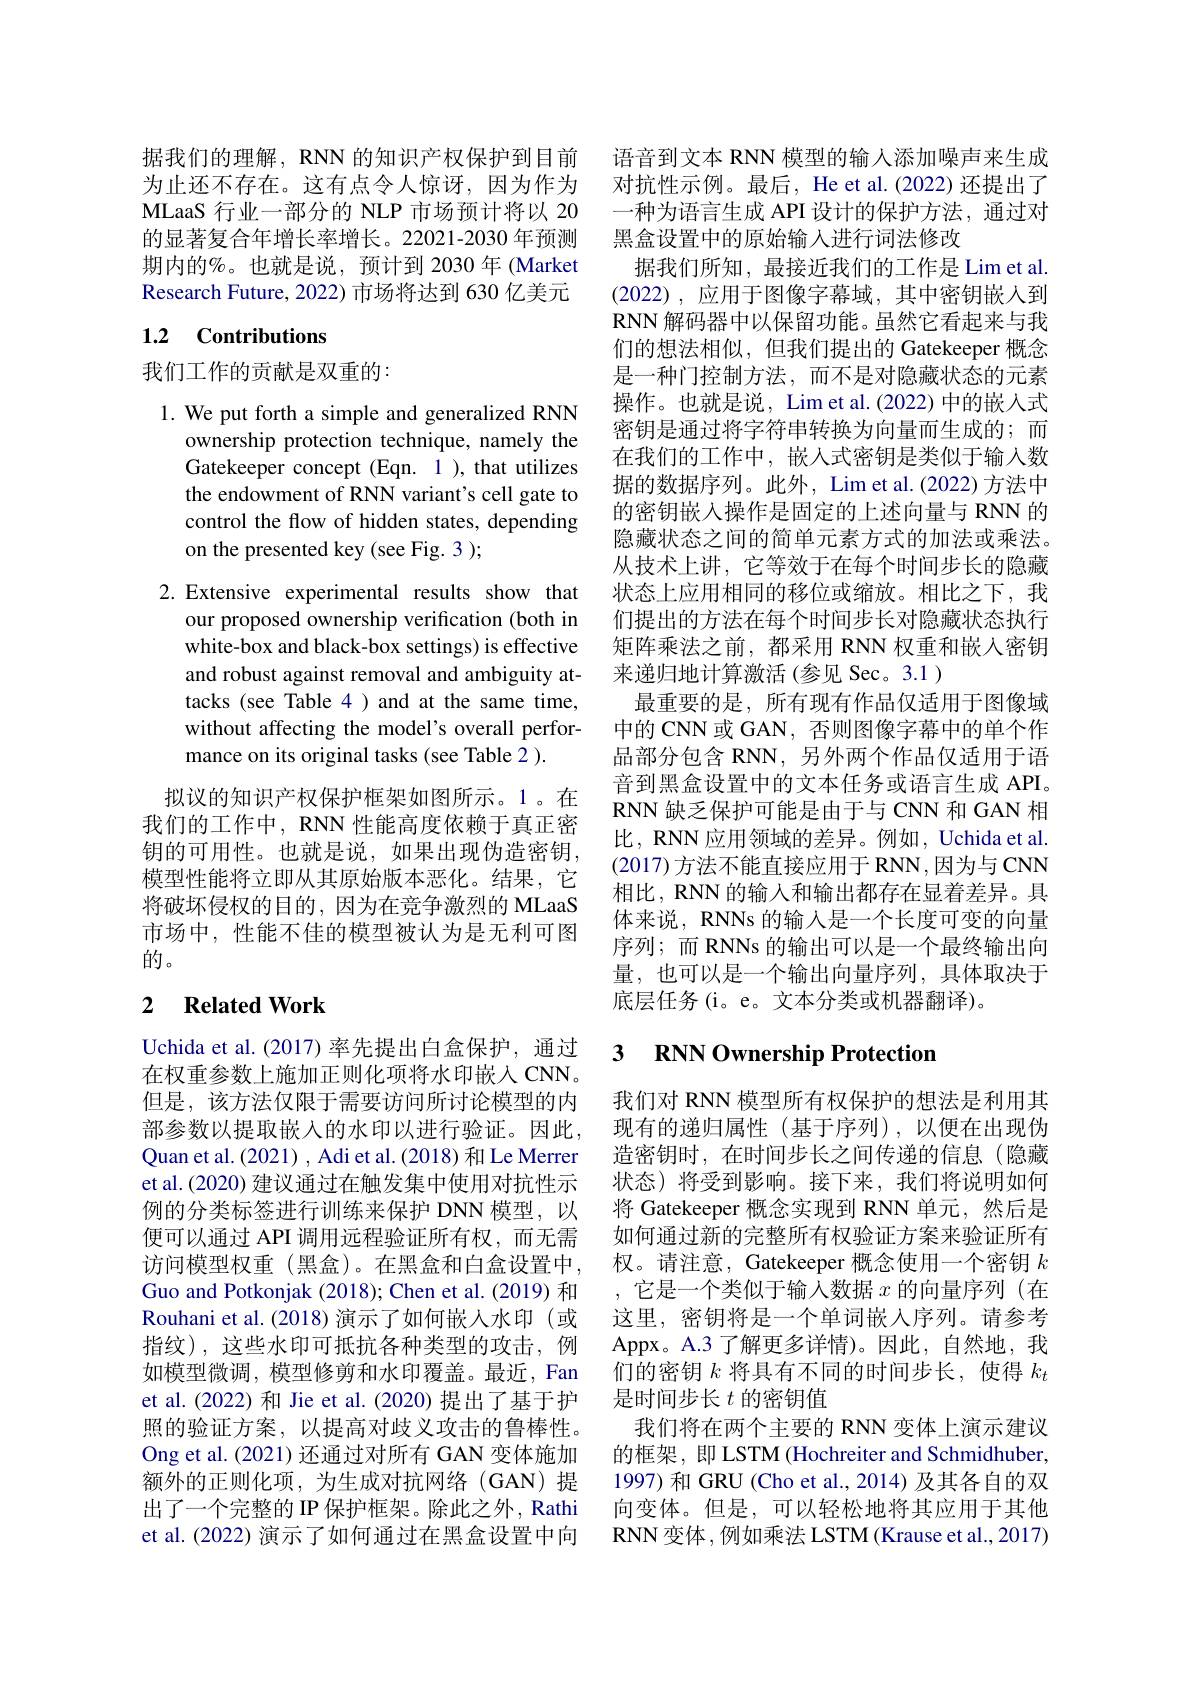
据我们的理解，RNN 的知识产权保护到目前 语音到文本 RNN 模型的输人添加噪声来生成为止还不存在。这有点令人惊讶，因为作为 对抗性示例。最后，He et al.(2022)还提出了MLaaS 行业一部分的 NLP 市场预计将以 20 一种为语言生成 API 设计的保护方法，通过对的显著复合年增长率增长。22021-2030 年预测 黑盒设置中的原始输人进行词法修改
期内的%。也就是说，预计到 2030 年 (Market 据我们所知，最接近我们的工作是 Lim et al.
Research Future, 2022) 市场将达到 630 亿美元

## 1.2 Contributions

我们工作的贡献是双重的：

1. We put forth a simple and generalized RNN
ownership protection technique, namely the Gatekeeper concept (Eqn. 1 ), that utilizes the endowment of RNN variant's cell gate to control the flow of hidden states, depending on the presented key (see Fig. 3 );

2.Extensive experimental results show that
our proposed ownership verification (both in white-box and black-box settings) is effective tacks (see Table 4)and at the same time, without affecting the model's overall performance on its original tasks (see Table 2 ).

拟议的知识产权保护框架如图所示。1。在我们的工作中，RNN 性能高度依赖于真正密钥的可用性。也就是说，如果出现伪造密钥， 模型性能将立即从其原始版本恶化。结果，它将破坏侵权的目的，因为在竞争激烈的 MLaaS 市场中，性能不佳的模型被认为是无利可图的。

# 2 Related Work

Uchida et al.(2017) 率先提出白盒保护，通过在权重参数上施加正则化项将水印嵌入 CNN。但是，该方法仅限于需要访问所讨论模型的内部参数以提取嵌入的水印以进行验证。因此， Quan et al. (2021) , Adi et al. (2018) 和 Le Merrer et al.(2020) 建议通过在触发集中使用对抗性示例的分类标签进行训练来保护 DNN 模型，以便可以通过 API 调用远程验证所有权，而无需访问模型权重(黑盒)。在黑盒和白盒设置中， Guo and Potkonjak (2018); Chen et al. (2019) 和Rouhani et al. (2018) 演示了如何嵌入水印 (或指纹),这些水印可抵抗各种类型的攻击，例如模型微调，模型修剪和水印覆盖。最近，Fan et al.(2022) 和 Jie et al.(2020) 提出了基于护照的验证方案，以提高对歧义攻击的鲁棒性。Ong et al. (2021) 还通过对所有 GAN 变体施加额外的正则化项，为生成对抗网络(GAN)提出了一个完整的 IP 保护框架。除此之外，Rathi et al. (2022) 演示了如何通过在黑盒设置中向

(2022) , 应用于图像字幕域，其中密钥嵌入到RNN 解码器中以保留功能。虽然它看起来与我们的想法相似，但我们提出的 Gatekeeper 概念是一种门控制方法，而不是对隐藏状态的元素操作。也就是说，Lim et al.(2022) 中的嵌入式密钥是通过将字符串转换为向量而生成的；而在我们的工作中，嵌入式密钥是类似于输入数据的数据序列。此外，Lim et al.(2022) 方法中的密钥嵌入操作是固定的上述向量与 RNN 的隐藏状态之间的简单元素方式的加法或乘法。从技术上讲，它等效于在每个时间步长的隐藏状态上应用相同的移位或缩放。相比之下，我们提出的方法在每个时间步长对隐藏状态执行矩阵乘法之前，都采用 RNN 权重和嵌入密钥
and robust against removal and ambiguity at- 来递归地计算激活(参见 Sec。3.1 )
最重要的是，所有现有作品仅适用于图像域中的 CNN 或 GAN, 否则图像字幕中的单个作品部分包含 RNN,另外两个作品仅适用于语音到黑盒设置中的文本任务或语言生成 API。RNN 缺乏保护可能是由于与 CNN 和 GAN 相比，RNN 应用领域的差异。例如，Uchida et al. (2017)方法不能直接应用于 RNN,因为与 CNN 相比，RNN 的输入和输出都存在显着差异。具体来说，RNNs 的输入是一个长度可变的向量序列；而 RNNs 的输出可以是一个最终输出向量，也可以是一个输出向量序列，具体取决于底层任务(i。e。文本分类或机器翻译)。

### 3 $\mathbf{RNNOwnershipProtection}$

我们对 RNN 模型所有权保护的想法是利用其现有的递归属性(基于序列),以便在出现伪造密钥时，在时间步长之间传递的信息(隐藏状态)将受到影响。接下来，我们将说明如何将 Gatekeeper 概念实现到 RNN 单元，然后是如何通过新的完整所有权验证方案来验证所有权。请注意，Gatekeeper 概念使用一个密钥$k$ ,它是一个类似于输入数据$x$的向量序列 (在这里，密钥将是一个单词嵌入序列。请参考Appx。A. 3 了 解 更 多 详 情 ) 。因 此 , 自 然 地 , 我 们的密钥$k$将具有不同的时间步长，使得$k_t$ 是时间步长$t$的密钥值
我们将在两个主要的 RNN 变体上演示建议的框架，即 LSTM (Hochreiter and Schmidhuber, 1997) 和 GRU (Cho et al., 2014) 及其各自的双向变体。但是，可以轻松地将其应用于其他$\mathbf{RNN}$变体，例如乘法 LSTM(Krause et al., 2017)